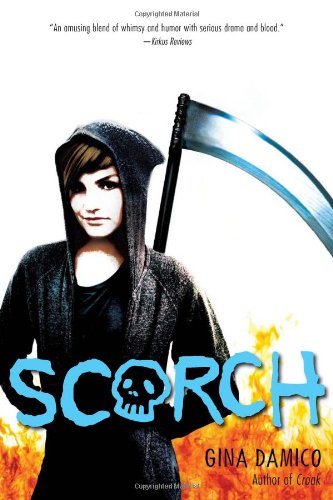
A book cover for Scorch (Croak); Gina Damico; Teen & Young Adult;